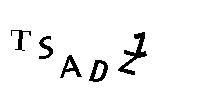
TSADZZ